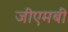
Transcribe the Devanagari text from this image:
जीएमबी